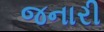
જનારી